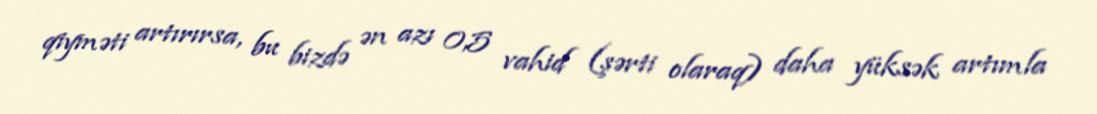
qiyməti artırırsa, bu bizdə ən azı 0,5 vahid (şərti olaraq) daha yüksək artımla